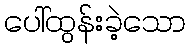
ပေါ်ထွန်းခဲ့သော